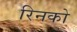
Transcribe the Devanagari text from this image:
रिनको